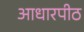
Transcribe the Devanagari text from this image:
आधारपीठ